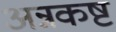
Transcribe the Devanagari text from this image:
अन्नकष्ट